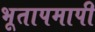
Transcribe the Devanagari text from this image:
भूतापमापी